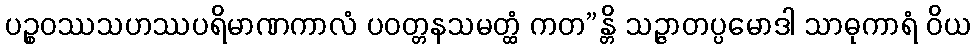
ပဉ္စဝဿသဟဿပရိမာဏကာလံ ပဝတ္တနသမတ္ထံ ကတ”န္တိ သဉ္ဇာတပ္ပမောဒါ သာဓုကာရံ ဝိယ